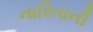
નારિતાની